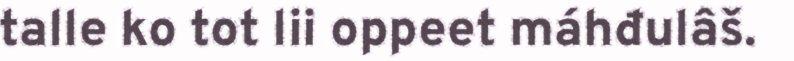
talle ko tot lii oppeet máhđulâš.